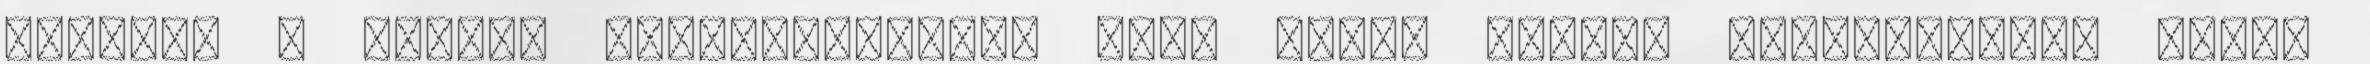
fokozza a fejbőr vérkeringését, ezen kívül kitűnő gombaellenes szer.